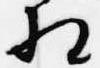
相